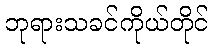
ဘုရားသခင်ကိုယ်တိုင်